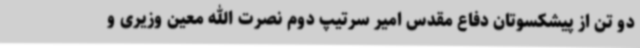
دو تن از پیشکسوتان دفاع مقدس امیر سرتیپ دوم نصرت الله معین وزیری و